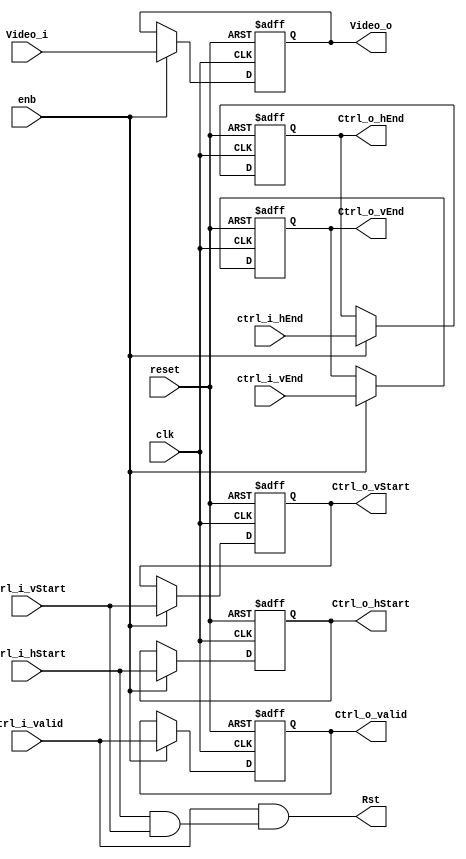
// -------------------------------------------------------------
// 
// 
// Generated by MATLAB 9.13 and HDL Coder 4.0
// 
// -------------------------------------------------------------


// -------------------------------------------------------------
// 
// Module: create_rst
// Source Path: BlobAnalysisHDL/BlobDetector/CCA_Algorithm/TimingSubsystem/create_rst
// Hierarchy Level: 3
// 
// -------------------------------------------------------------

`timescale 1 ns / 1 ns

module create_rst
          (clk,
           reset,
           enb,
           Video_i,
           ctrl_i_hStart,
           ctrl_i_hEnd,
           ctrl_i_vStart,
           ctrl_i_vEnd,
           ctrl_i_valid,
           Video_o,
           Ctrl_o_hStart,
           Ctrl_o_hEnd,
           Ctrl_o_vStart,
           Ctrl_o_vEnd,
           Ctrl_o_valid,
           Rst);


  input   clk;
  input   reset;
  input   enb;
  input   Video_i;
  input   ctrl_i_hStart;
  input   ctrl_i_hEnd;
  input   ctrl_i_vStart;
  input   ctrl_i_vEnd;
  input   ctrl_i_valid;
  output  Video_o;
  output  Ctrl_o_hStart;
  output  Ctrl_o_hEnd;
  output  Ctrl_o_vStart;
  output  Ctrl_o_vEnd;
  output  Ctrl_o_valid;
  output  Rst;


  reg  Delay2_out1;
  reg  Delay3_out1_hStart;
  reg  Delay3_out1_hEnd;
  reg  Delay3_out1_vStart;
  reg  Delay3_out1_vEnd;
  reg  Delay3_out1_valid;
  wire hStart;
  wire vStart;
  wire valid;
  wire Logical_Operator_out1;


  always @(posedge clk or posedge reset)
    begin : Delay2_process
      if (reset == 1'b1) begin
        Delay2_out1 <= 1'b0;
      end
      else begin
        if (enb) begin
          Delay2_out1 <= Video_i;
        end
      end
    end



  assign Video_o = Delay2_out1;

  always @(posedge clk or posedge reset)
    begin : c_process
      if (reset == 1'b1) begin
        Delay3_out1_hStart <= 1'b0;
      end
      else begin
        if (enb) begin
          Delay3_out1_hStart <= ctrl_i_hStart;
        end
      end
    end



  assign Ctrl_o_hStart = Delay3_out1_hStart;

  always @(posedge clk or posedge reset)
    begin : c_1_process
      if (reset == 1'b1) begin
        Delay3_out1_hEnd <= 1'b0;
      end
      else begin
        if (enb) begin
          Delay3_out1_hEnd <= ctrl_i_hEnd;
        end
      end
    end



  assign Ctrl_o_hEnd = Delay3_out1_hEnd;

  always @(posedge clk or posedge reset)
    begin : c_2_process
      if (reset == 1'b1) begin
        Delay3_out1_vStart <= 1'b0;
      end
      else begin
        if (enb) begin
          Delay3_out1_vStart <= ctrl_i_vStart;
        end
      end
    end



  assign Ctrl_o_vStart = Delay3_out1_vStart;

  always @(posedge clk or posedge reset)
    begin : c_3_process
      if (reset == 1'b1) begin
        Delay3_out1_vEnd <= 1'b0;
      end
      else begin
        if (enb) begin
          Delay3_out1_vEnd <= ctrl_i_vEnd;
        end
      end
    end



  assign Ctrl_o_vEnd = Delay3_out1_vEnd;

  always @(posedge clk or posedge reset)
    begin : c_4_process
      if (reset == 1'b1) begin
        Delay3_out1_valid <= 1'b0;
      end
      else begin
        if (enb) begin
          Delay3_out1_valid <= ctrl_i_valid;
        end
      end
    end



  assign Ctrl_o_valid = Delay3_out1_valid;

  assign hStart = ctrl_i_hStart;

  assign vStart = ctrl_i_vStart;

  assign valid = ctrl_i_valid;

  assign Logical_Operator_out1 = valid & (hStart & vStart);



  assign Rst = Logical_Operator_out1;

endmodule  // create_rst